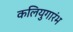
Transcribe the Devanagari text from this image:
कलियुगारंभ